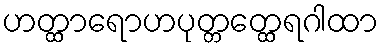
ဟတ္ထာရောဟပုတ္တတ္ထေရဂါထာ